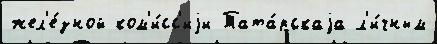
жел'е́зной ком'и́сс'иjи Тата́рскаjа л'и́чным